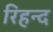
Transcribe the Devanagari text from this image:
रिहन्‍द